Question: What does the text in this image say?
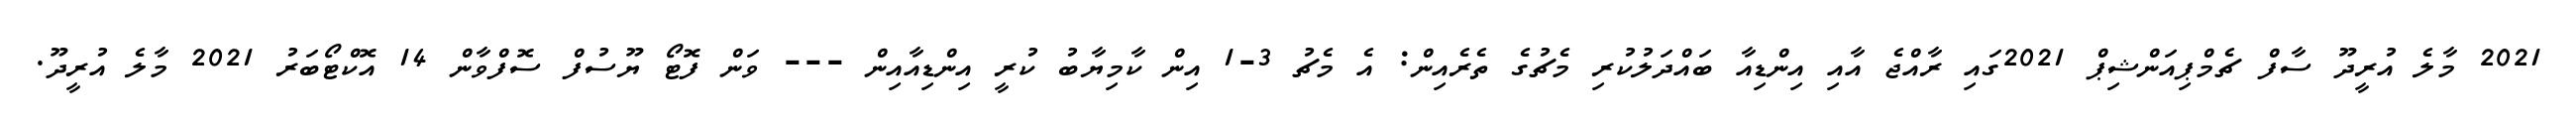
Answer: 2021 މާލެ އުރީދޫ ސާފް ޗެމްޕިއަންޝިޕް 2021ގައި ރާއްޖެ އާއި އިންޑިއާ ބައްދަލުކުރި މެޗުގެ ތެރެއިން: އެ މެޗު 3-1 އިން ކާމިޔާބު ކުރީ އިންޑިއާއިން --- ވަން ފޮޓޯ ޔޫސުފް ސޮފްވާން 14 އޮކްޓޯބަރު 2021 މާލެ އުރީދޫ.